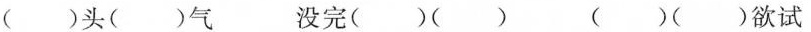
（）头（）气 没完（）（） （）（）欲试